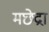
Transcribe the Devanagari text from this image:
मछेद्रा